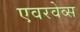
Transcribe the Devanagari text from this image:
एवरवेव्स